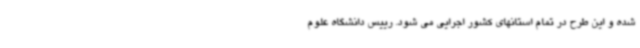
شده و این طرح در تمام استانهای کشور اجرایی می شود. رییس دانشگاه علوم